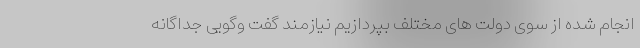
انجام شده از سوی دولت های مختلف بپردازیم نیازمند گفت وگویی جداگانه